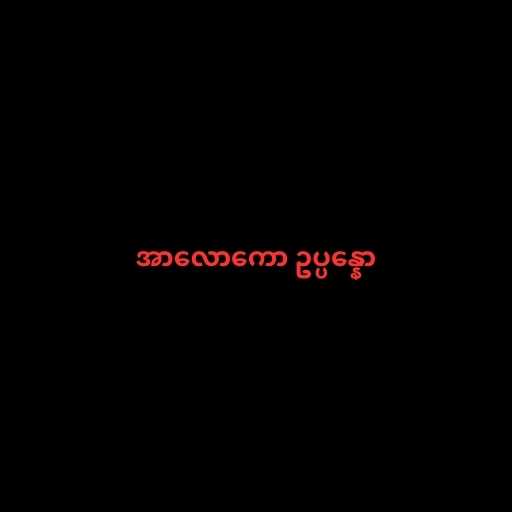
အာလောကော ဥပ္ပန္နော